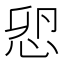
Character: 𢘴